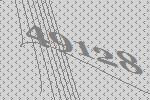
49128